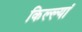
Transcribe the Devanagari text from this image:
किल्ल्यां